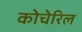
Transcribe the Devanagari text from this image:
कोचेरिल